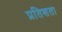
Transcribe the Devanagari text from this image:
प्रतिशता